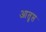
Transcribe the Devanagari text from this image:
आतृप्त